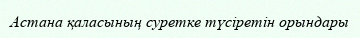
Астана қаласының суретке түсіретін орындары